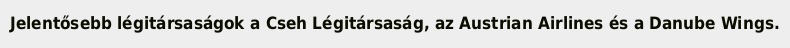
Jelentősebb légitársaságok a Cseh Légitársaság, az Austrian Airlines és a Danube Wings.